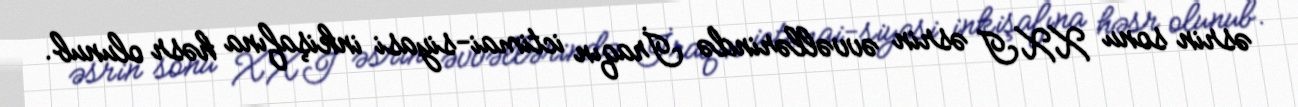
əsrin sonu XXI əsrin əvvəllərində İraqın ictimai-siyasi inkişafına həsr olunub.